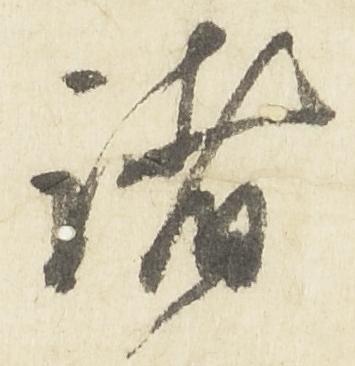
諸